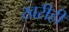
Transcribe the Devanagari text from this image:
खरीही